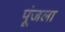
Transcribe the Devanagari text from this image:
पूंजला